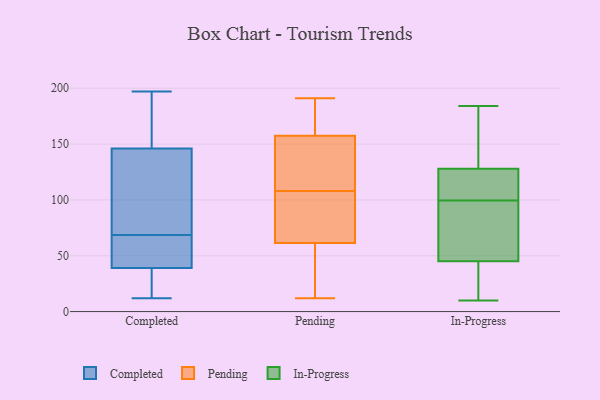
{"axis": {"x": "Net Income (USD K)", "y": "Value"}, "legend": ["Completed", "In-Progress", "Pending"], "data": [{"x": "", "y": 197, "type": "Completed"}, {"x": "", "y": 104, "type": "Completed"}, {"x": "", "y": 68, "type": "Completed"}, {"x": "", "y": 65, "type": "Completed"}, {"x": "", "y": 146, "type": "Completed"}, {"x": "", "y": 12, "type": "Completed"}, {"x": "", "y": 93, "type": "Completed"}, {"x": "", "y": 163, "type": "Completed"}, {"x": "", "y": 59, "type": "Completed"}, {"x": "", "y": 182, "type": "Completed"}, {"x": "", "y": 30, "type": "Completed"}, {"x": "", "y": 69, "type": "Completed"}, {"x": "", "y": 39, "type": "Completed"}, {"x": "", "y": 31, "type": "Completed"}, {"x": "", "y": 190, "type": "Pending"}, {"x": "", "y": 175, "type": "Pending"}, {"x": "", "y": 105, "type": "Pending"}, {"x": "", "y": 68, "type": "Pending"}, {"x": "", "y": 181, "type": "Pending"}, {"x": "", "y": 61, "type": "Pending"}, {"x": "", "y": 16, "type": "Pending"}, {"x": "", "y": 19, "type": "Pending"}, {"x": "", "y": 62, "type": "Pending"}, {"x": "", "y": 158, "type": "Pending"}, {"x": "", "y": 148, "type": "Pending"}, {"x": "", "y": 191, "type": "Pending"}, {"x": "", "y": 157, "type": "Pending"}, {"x": "", "y": 111, "type": "Pending"}, {"x": "", "y": 122, "type": "Pending"}, {"x": "", "y": 130, "type": "Pending"}, {"x": "", "y": 94, "type": "Pending"}, {"x": "", "y": 15, "type": "Pending"}, {"x": "", "y": 96, "type": "Pending"}, {"x": "", "y": 12, "type": "Pending"}, {"x": "", "y": 87, "type": "In-Progress"}, {"x": "", "y": 184, "type": "In-Progress"}, {"x": "", "y": 104, "type": "In-Progress"}, {"x": "", "y": 128, "type": "In-Progress"}, {"x": "", "y": 159, "type": "In-Progress"}, {"x": "", "y": 36, "type": "In-Progress"}, {"x": "", "y": 120, "type": "In-Progress"}, {"x": "", "y": 10, "type": "In-Progress"}, {"x": "", "y": 95, "type": "In-Progress"}, {"x": "", "y": 144, "type": "In-Progress"}, {"x": "", "y": 45, "type": "In-Progress"}, {"x": "", "y": 67, "type": "In-Progress"}, {"x": "", "y": 29, "type": "In-Progress"}, {"x": "", "y": 115, "type": "In-Progress"}]}